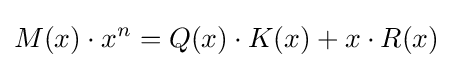
M(x)\cdot x^{n}=Q(x)\cdot K(x)+x\cdot R(x)